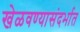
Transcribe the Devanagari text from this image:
खेळवण्यासंदर्भात